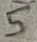
Text: 5